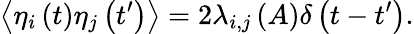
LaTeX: \left\langle{\eta_{i}\left(t\right)\eta_{j}\left(t^{\prime}\right)}\right\rangle=2\lambda_{i,j}\left(A\right)\delta\left(t-t^{\prime}\right).